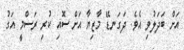
އަށް ބަދަލުވި އެވެ. ދަގަނޑޭ މާޒިޔާ އަށް ސޮއި ކުރި ރަސްމީ އަގު